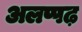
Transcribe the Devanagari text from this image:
अलप्पढ़